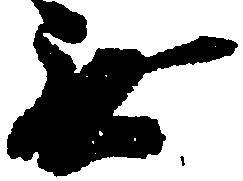
無